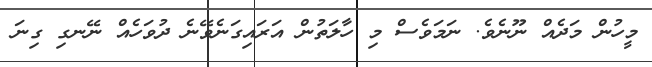
މީހުން މަދެއް ނޫނެވެ. ނަމަވެސް މި ހާލަތުން އަރައިގަނެވޭނެ ދުވަހެއް ނޭނގި ގިނަ